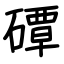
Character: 磹